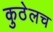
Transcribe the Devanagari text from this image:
कुठेलच